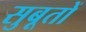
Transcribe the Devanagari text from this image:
सुबूतों